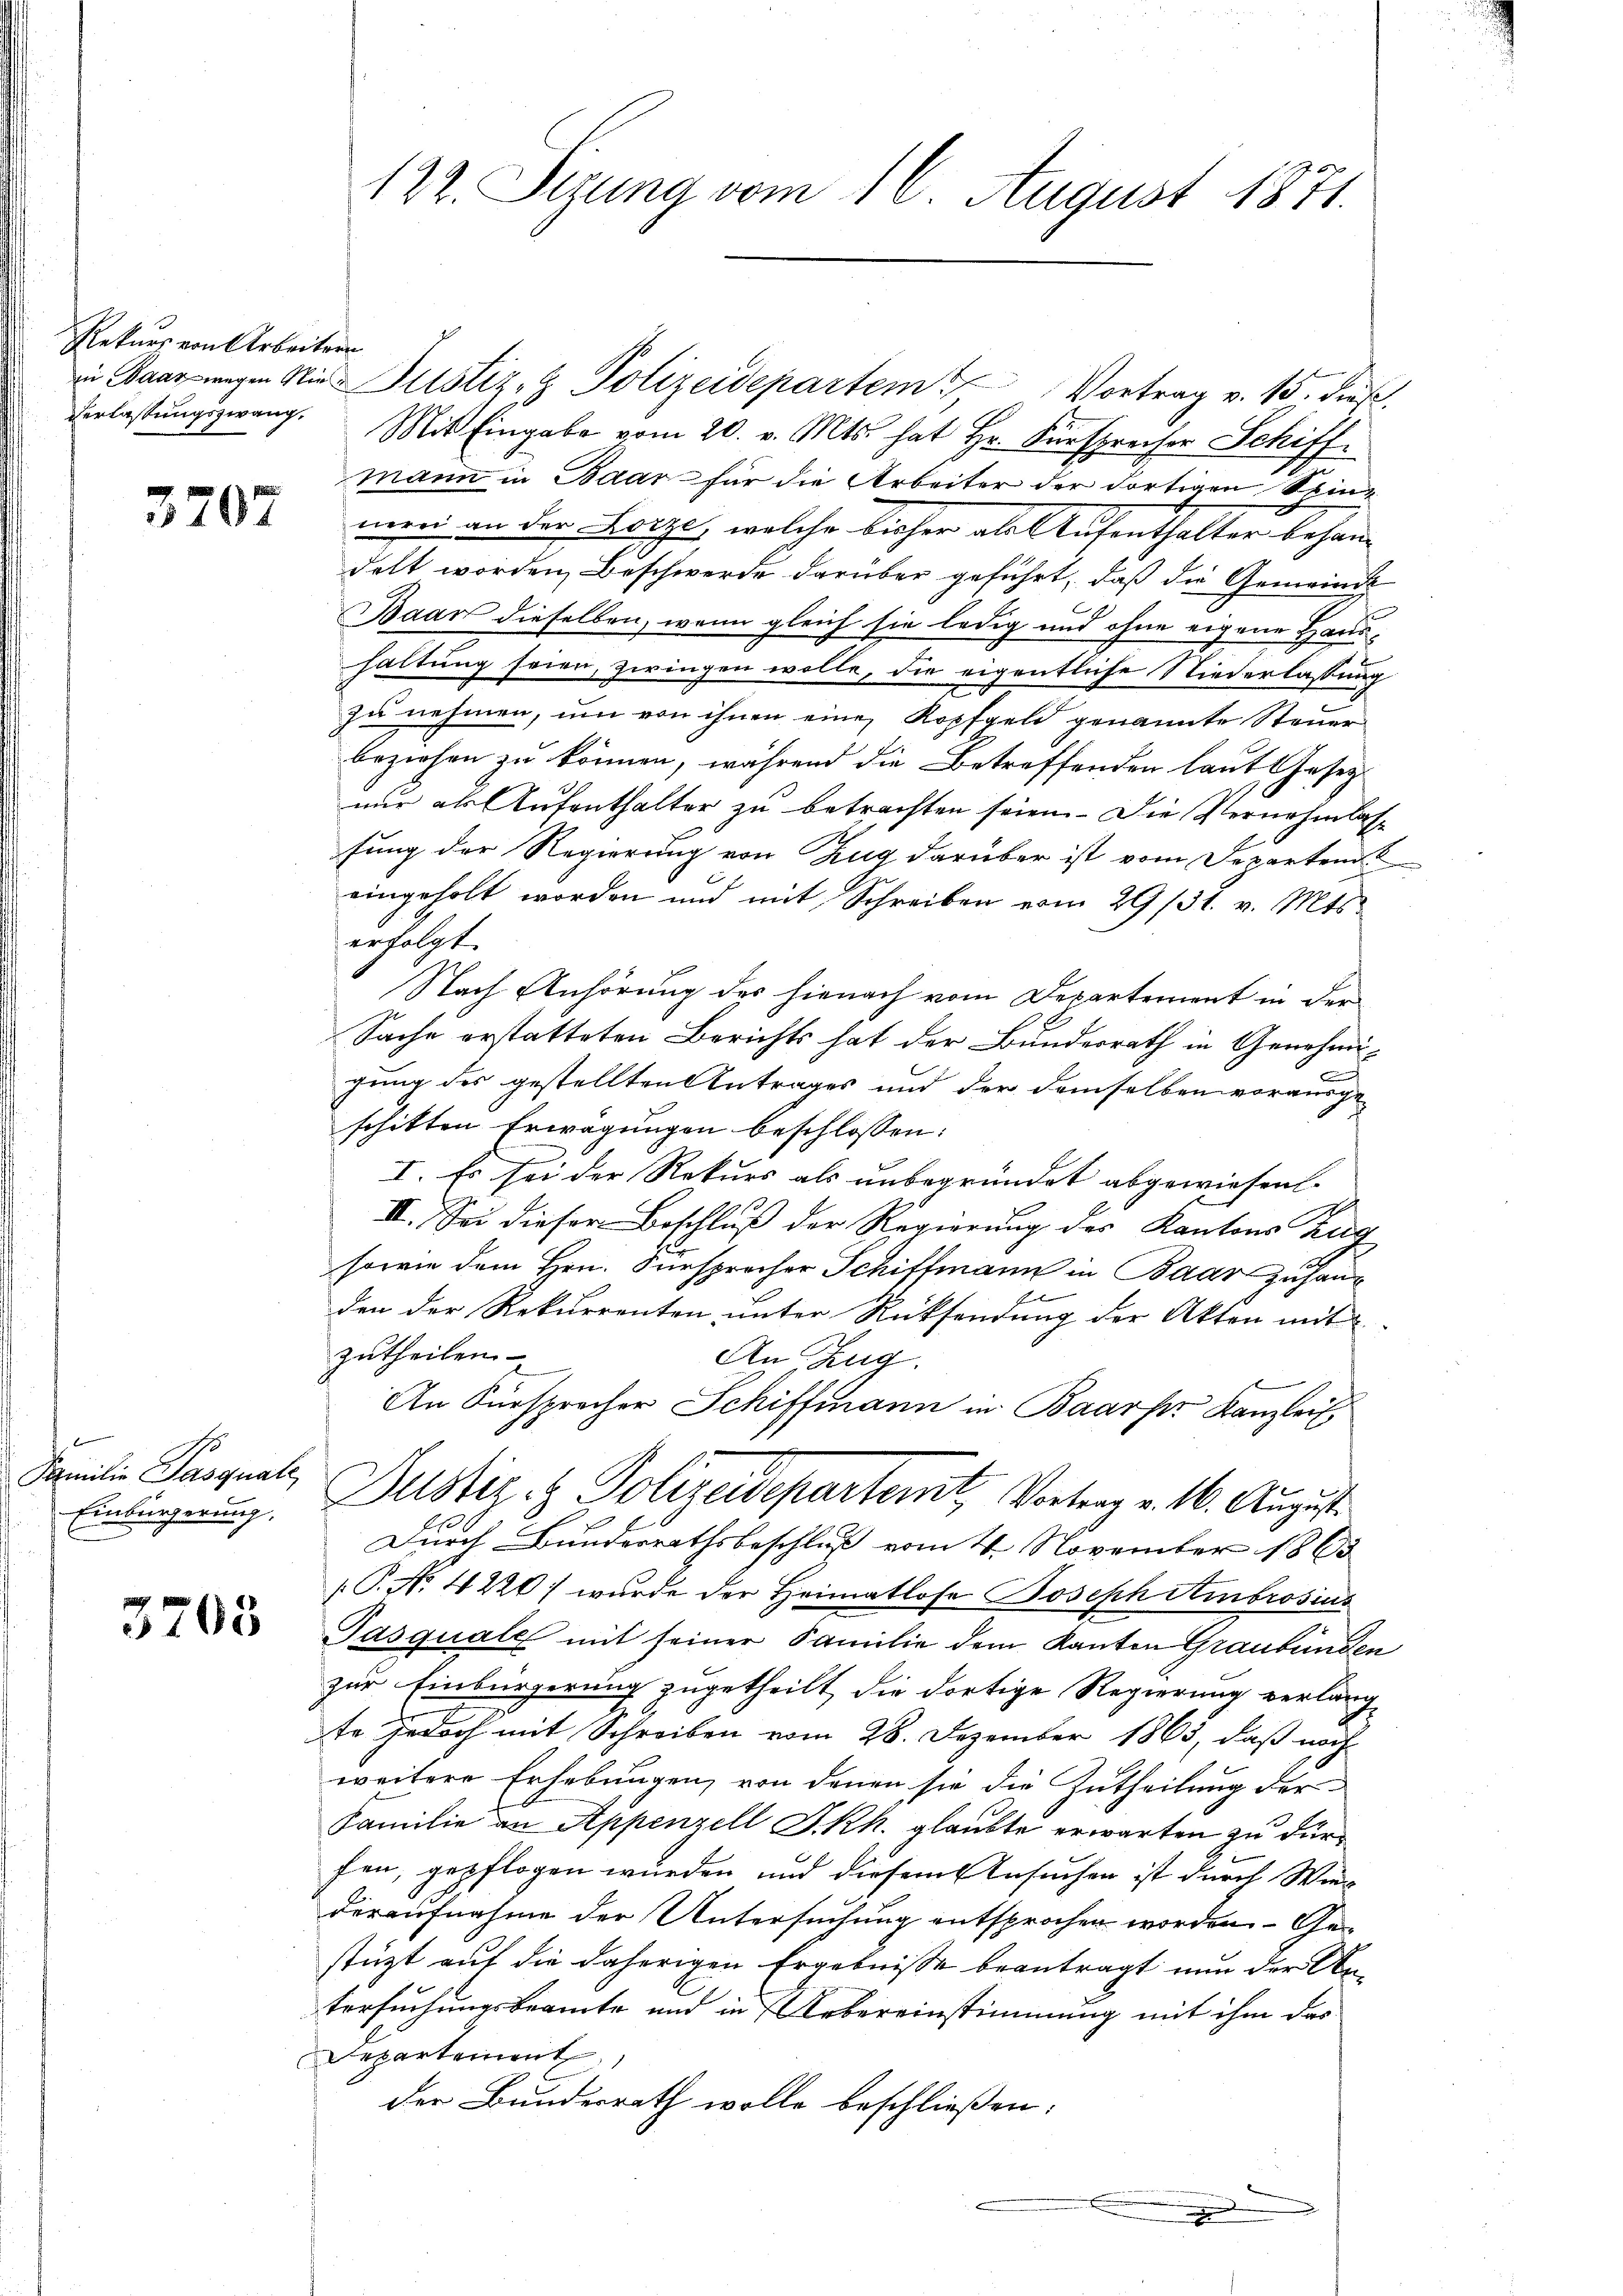
Rekurs von Arbeitern
Verlastungszwang,

3707

Familie Pasquale
Einbürgerung.

3708

in Baar wegen Nie Justiz- & Polizeidepartem Vortrag v. 15. dieβ.
Mit Eingabe vom 20. v. Mts. hat Hr. Fürsprecher Schiffmann in Baar für die Arbeiter der dortigen Seinmeen an der Lorze, welche bisher als Aufenthalter behan-
delt worden Beschwerde darüber geführt, daß die Gemeinde
Baar dieselben, wenn gleich sie ledig und ohne eigene Haushaltung seien, zwingen wolle, die eigentliche Niederlassung
zu nehmen, um von ihnen eine Kopfgeld genannte Steuer
beziehen zu können, während die Betreffenden laut Geseznur als Aufenthalter zu betrachten seien. Die Vernehmlasse
fung der Regierung von Zug darüber ist vom Departem t
eingeholt worden und mit Schreiben vom 29/31. v. Mts.
erfolgt.
Nach Anhörung des hienach vom Departement in der
Sache erstatteten Berichts hat der Bundesrath in Genehmim
gung des gestellten Antrages und der demselben vorausge-
schikten Erwägungen beschlossen:
I. Es sei der Rekurs als unbegründet abgewiesen.
II. Sei dieser Beschluß der Regierung des Kantons Zug
sowie dem Hrn. Fürsprocher Schiffmann in Baar Zuhauden der Rekurrenten unter Rücksendung der Akten mit
zutheilen
An Zug.
An Fürsprecher Schiffmann in Baarser Kanzlei
Justiz- & Polizeidepartemt, Vortrag v. 10. August
Durch Bundesrathsbeschluß vom 4. November 1863
P. No. 4220) wurde der Heimatlose Joseph Ambrosius
Pasquale mit seiner Familie dem Kanton Graubünden
zur Einbürgerung zugetheilt die dortige Regierung verlang
te jedoch mit Schreiben vom 28. Dezember 1863, daß nach
weitere Erhebungen, von denen sie die Zutheilung der
Familie an Appenzell I.Rh. glaubte erwarten zu dürfen, gepflogen wurden und diesem Ansuchen ist durch Wied
deraufnahme der Untersuchung entsprochen worden Gestüzt auf die daherigen Ergebnisse beantragt nun der Antersuchungsbeamte und in Uebereinstimmung mit ihm das
Departement
der Bundesrath wolle beschließen:
d

122. Sizung vom 16. August 1871.